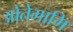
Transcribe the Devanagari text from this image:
ओतेगामि